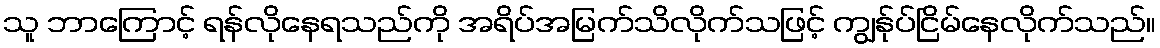
သူ ဘာကြောင့် ရန်လိုနေရသည်ကို အရိပ်အမြက်သိလိုက်သဖြင့် ကျွန်ုပ်ငြိမ်နေလိုက်သည်။